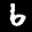
Label: 6